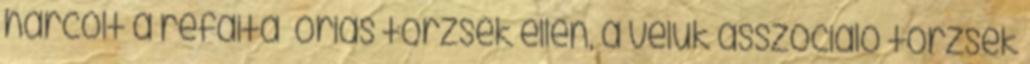
harcolt a refaita óriás törzsek ellen, a velük asszociáló törzsek